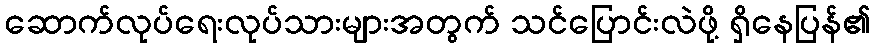
ဆောက်လုပ်ရေးလုပ်သားများအတွက် သင်ပြောင်းလဲဖို့ ရှိနေပြန်၏